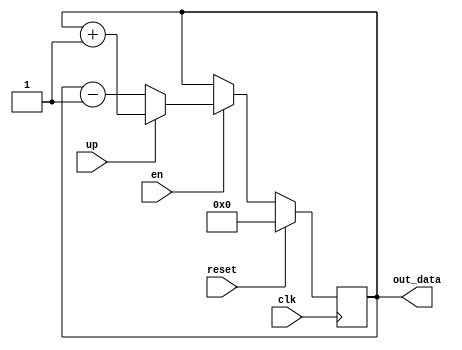
module count (input clk, input en, input up, input reset, output [15:0] out_data);
	reg [15:0] out;
	initial out = 16'b0;
	assign out_data = out;
	always @(posedge clk) begin
		if (reset) begin
			out <= 16'b0;
		end else begin
			if (en) begin
				if (up) begin
					out <= out + 16'b1;
				end else begin
					out <= out - 16'b1;
				end
			end
		end
	end
endmodule